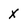
Character: X